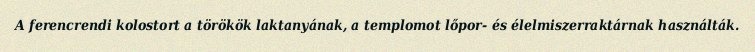
A ferencrendi kolostort a törökök laktanyának, a templomot lőpor- és élelmiszerraktárnak használták.